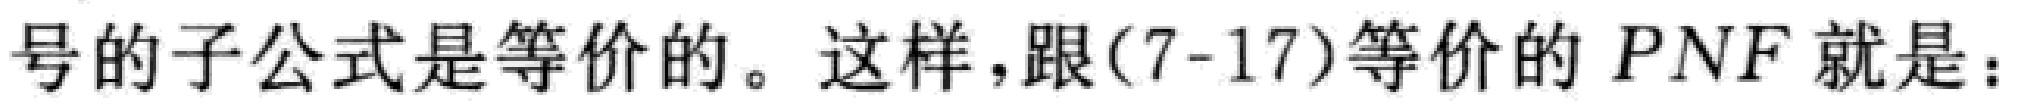
号的子公式是等价的。这样，跟(7-17)等价的 \( PNF \) 就是：